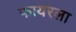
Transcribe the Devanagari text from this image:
फायरला